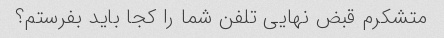
متشکرم قبض نهایی تلفن شما را کجا باید بفرستم؟